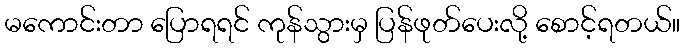
မကောင်းတာ ပြောရရင် ကုန်သွားမှ ပြန်ဖုတ်ပေးလို့ စောင့်ရတယ်။